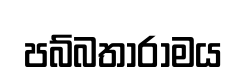
පබ්බතාරාමය